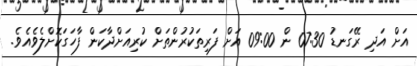
އަށް އަދި ރޭގަނޑު 07:30 ން 09:00 އަށް ފަރިތަކުރުންތަށް ކުރިއަށްދާކަން ފާހަގަކޮށްލެވެއެވެ.